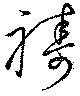
祷